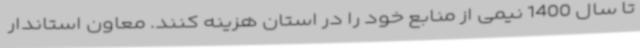
تا سال 1400 نیمی از منابع خود را در استان هزینه کنند. معاون استاندار